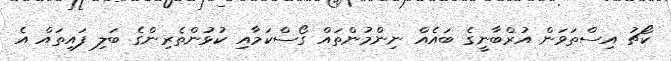
ކޯޗު އިސްތަވަން އުރްބާނީގެ ބައެއް ނިންމުންތައް ގޯސްކަމާއި ކުޅުންތެރިންގެ ބަލި ފައިތައް އެ